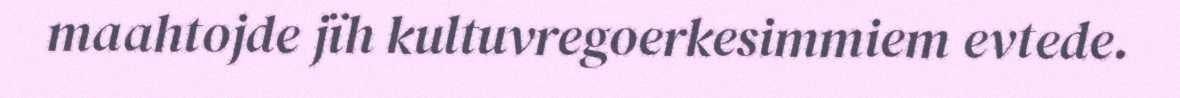
maahtojde jïh kultuvregoerkesimmiem evtede.